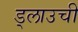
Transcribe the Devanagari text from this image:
ड्लाउची